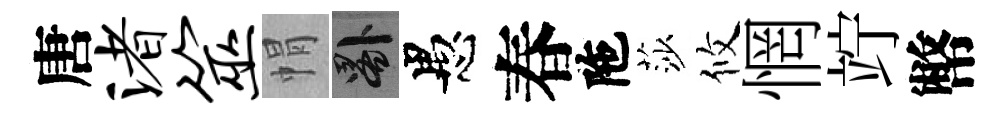
唐渚筮㡌晷愚春陁莎攸惘竚幣